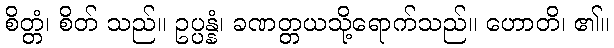
စိတ္တံ၊ စိတ် သည်။ ဥပ္ပန္နံ၊ ခဏတ္တယသို့ရောက်သည်။ ဟောတိ၊ ၏။